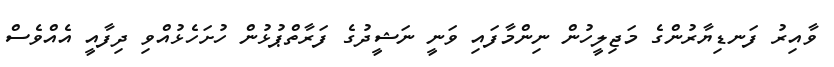
ވާއިރު ފަނޑިޔާރުންގެ މަޖިލީހުން ނިންމާފައި ވަނީ ނަޝީދުގެ ފަރާތްޕުޅުން ހުށަހެޅުއްވި ދިފާއީ އެއްވެސް